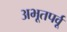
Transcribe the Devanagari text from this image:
अभूतपर्वू